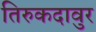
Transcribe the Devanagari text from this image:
तिरुकदावुर